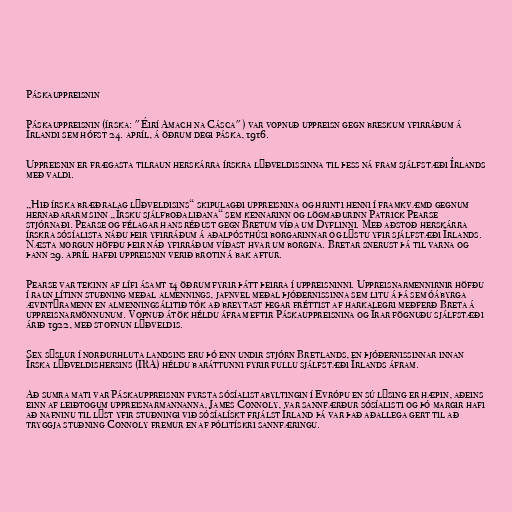
Páskauppreisnin

Páskauppreisnin (írska: "Éirí Amach na Cásca") var vopnuð uppreisn gegn breskum yfirráðum á
Írlandi sem hófst 24. apríl, á öðrum degi páska, 1916.

Uppreisnin er frægasta tilraun herskárra írskra lýðveldissinna til þess ná fram sjálfstæði Írlands
með valdi.

„Hið írska bræðralag lýðveldisins“ skipulagði uppreisnina og hrinti henni í framkvæmd gegnum
hernaðararm sinn „Írsku sjálfboðaliðana“ sem kennarinn og lögmaðurinn Patrick Pearse
stjórnaði. Pearse og félagar hans réðust gegn Bretum víða um Dyflinni. Með aðstoð herskárra
írskra sósíalista náðu þeir yfirráðum á aðalpósthúsi borgarinnar og lýstu yfir sjálfstæði Írlands.
Næsta morgun höfðu þeir náð yfirráðum víðast hvar um borgina. Bretar snerust þá til varna og
þann 29. apríl hafði uppreisnin verið brotin á bak aftur.

Pearse var tekinn af lífi ásamt 14 öðrum fyrir þátt þeirra í uppreisninni. Uppreisnarmennirnir höfðu
í raun lítinn stuðning meðal almennings, jafnvel meðal þjóðernissinna sem litu á þá sem óábyrga
ævintýramenn en almenningsálitið tók að breytast þegar fréttist af harkalegri meðferð Breta á
uppreisnarmönnunum. Vopnuð átök héldu áfram eftir Páskauppreisnina og Írar fögnuðu sjálfstæði
árið 1922, með stofnun lýðveldis.

Sex sýslur í norðurhluta landsins eru þó enn undir stjórn Bretlands, en þjóðernissinnar innan
Írska lýðveldishersins (IRA) héldu baráttunni fyrir fullu sjálfstæði Írlands áfram.

Að sumra mati var Páskauppreisnin fyrsta sósíalistabyltingin í Evrópu en sú lýsing er hæpin, aðeins
einn af leiðtogum uppreisnarmannanna, James Connoly, var sannfærður sósíalisti og þó margir hafi
að nafninu til lýst yfir stuðningi við sósíalískt frjálst Írland þá var það aðallega gert til að
tryggja stuðning Connoly fremur en af pólitískri sannfæringu.